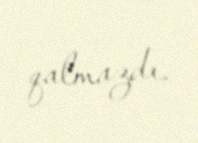
qalmazdı.